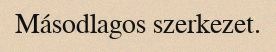
Másodlagos szerkezet.